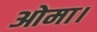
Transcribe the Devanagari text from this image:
ओमा।